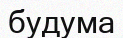
будума